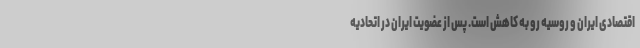
اقتصادی ایران و روسیه رو به کاهش است. پس از عضویت ایران در اتحادیه